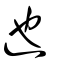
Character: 迆